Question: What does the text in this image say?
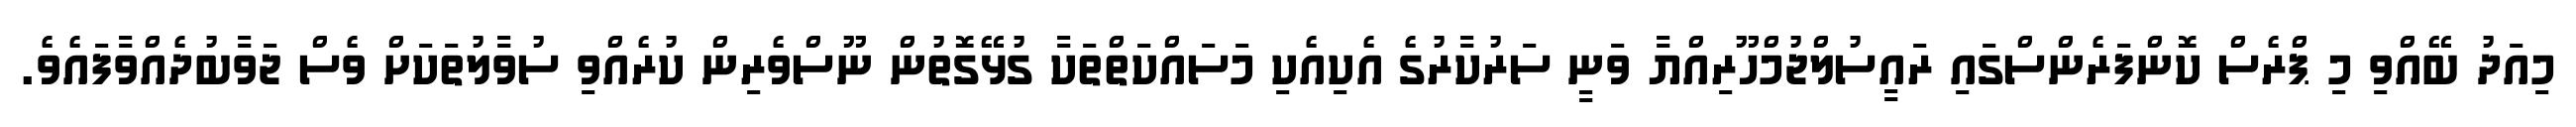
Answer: މިއަދު ބޭއްވި މި ޕްރެސް ކޮންފަރެންސްގައި ރައީސުލްޖުމްހޫރިއްޔާ ވަނީ ސަރުކާރުގެ އެކިއެކި މަސައްކަތްތަކާ ގުޅޭގޮތުން ނޫސްވެރިން ކުރެއްވި ސުވާލުތަކަށް ވެސް ޖަވާބުދެއްވާފައެވެ.